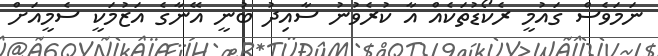
ނަމަވެސް ގައުމީ ރެކޯޑުތަކެއް އާ ކުރެވުނު ސާއިދު ބުނީ އޭނާގެ އަޒުމަކީ ސެމީއަށް